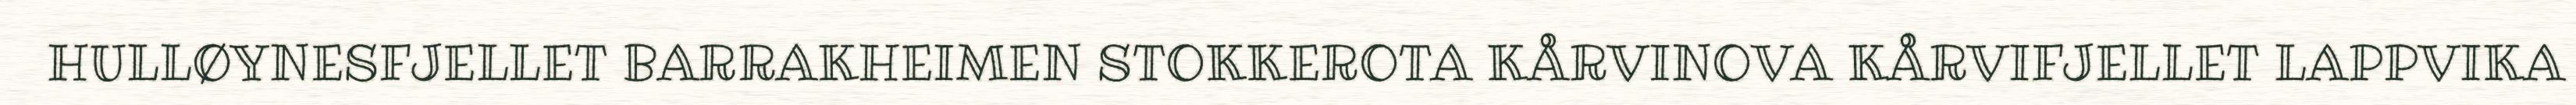
HULLØYNESFJELLET BARRAKHEIMEN STOKKEROTA KÅRVINOVA KÅRVIFJELLET LAPPVIKA